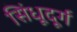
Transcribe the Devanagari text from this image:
सिंधूदूर्ग